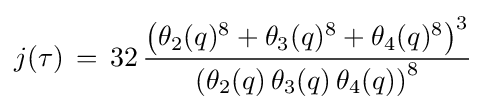
j(\tau )\,=\,32\,{\frac {\left(\theta _{2}(q)^{8}+\theta _{3}(q)^{8}+\theta _{4}(q)^{8}\right)^{3}}{\left(\theta _{2}(q)\,\theta _{3}(q)\,\theta _{4}(q)\right)^{8}}}